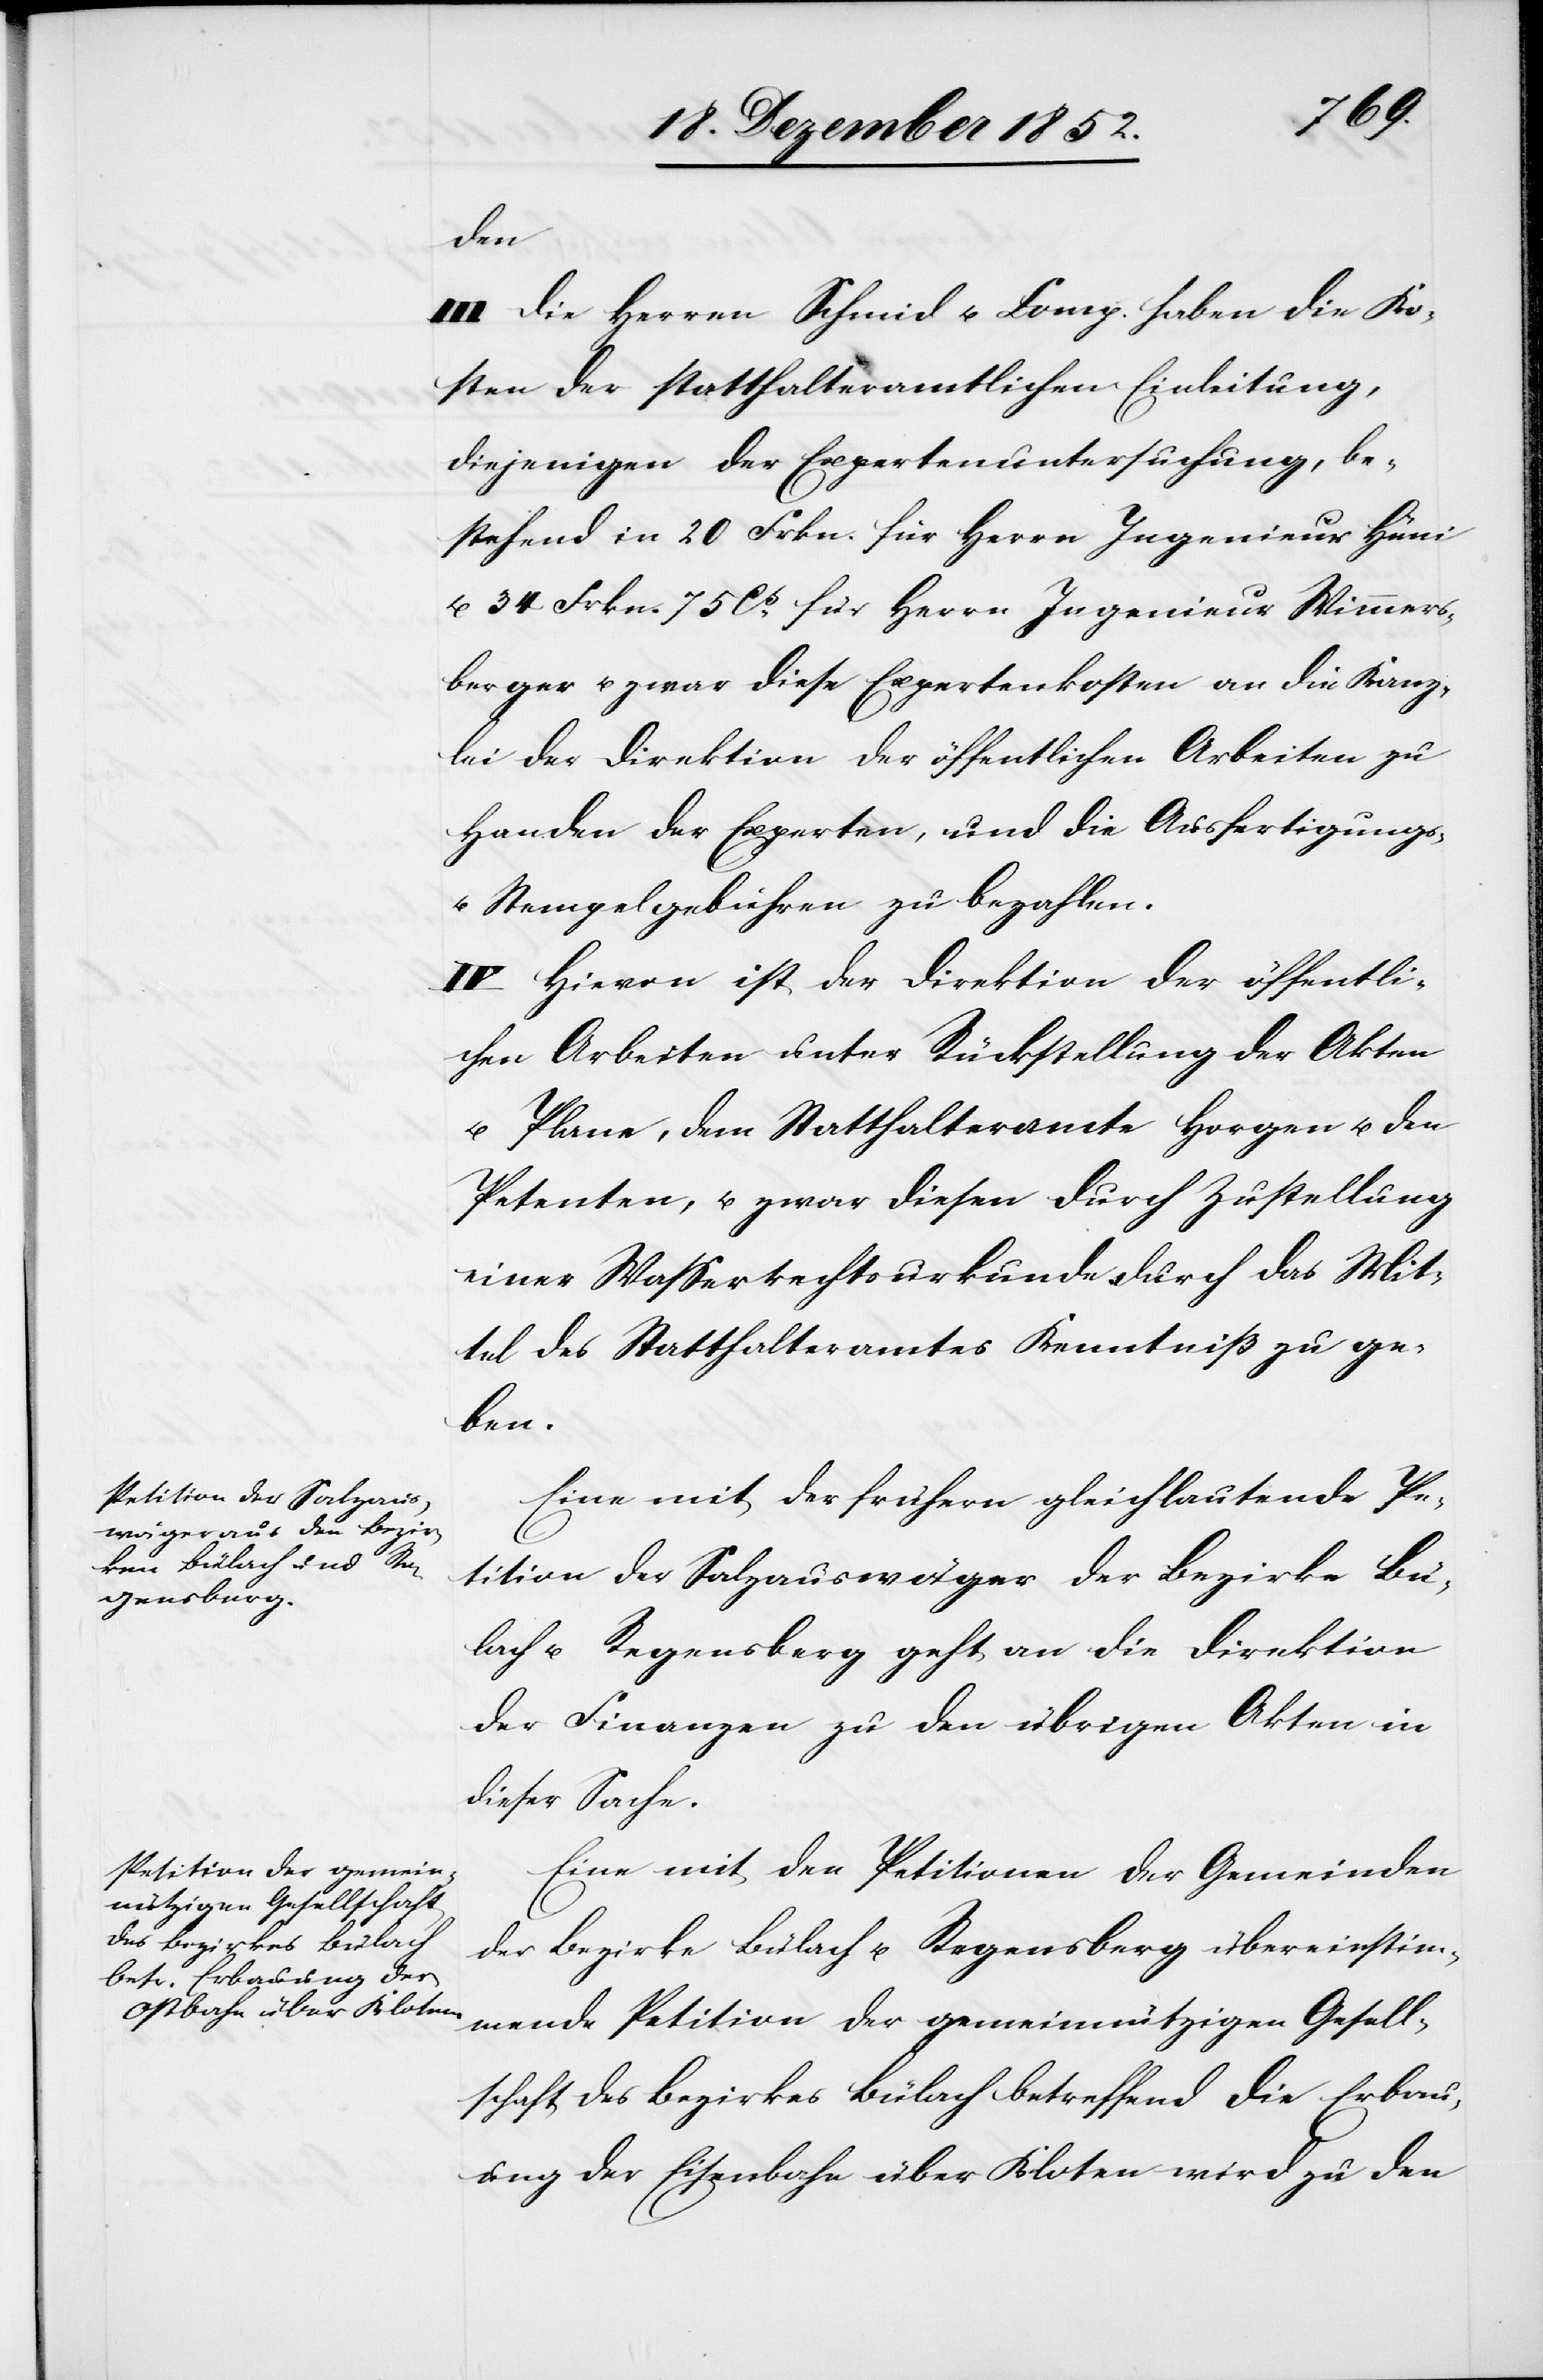
den
III Die Herren Schmid u. Comp. haben die Ko¬
sten der statthalteramtlichen Einleitung,
diejenigen der Expertenuntersuchung, be¬
stehend in 20 Frkn. für Herrn Ingenieur Hüni
u. 34 Frkn. 75 Cts. für Herrn Ingenieur Wimmers¬
berger u. zwar diese Expertenkosten an die Kanz¬
lei der Direktion der öffentlichen Arbeiten zu
Handen der Experten, und die Ausfertigungs-
u. Stempelgebühren zu bezahlen.
IV Hievon ist der Direktion der öffentli¬
chen Arbeiten unter Rückstellung der Akten
u. Plane, dem Statthalteramte Horgen u. den
Petenten, u. zwar diesen durch Zustellung
einer Wasserrechtsurkunde durch das Mit¬
tel des Statthalteramtes Kenntniß zu ge¬
ben.
Eine mit der frühern gleichlautende Pe¬
tition der Salzauswäger der Bezirke Bü¬
lach u. Regensberg geht an die Direktion
der Finanzen zu den übrigen Akten in
dieser Sache.
Eine mit den Petitionen der Gemeinden
der Bezirke Bülach u. Regensberg übereinstim¬
mende Petition der gemeinnützigen Gesell¬
schaft des Bezirkes Bülach betreffend die Erbau¬
ung der Eisenbahn über Kloten wird zu den